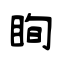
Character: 眴